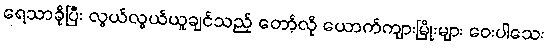
ရေသာခိုပြီး လွယ်လွယ်ယူချင်သည့် တော့်လို ယောက်ကျားမြိုးများ ဝေးပါသေး